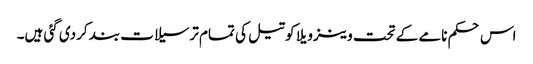
اس حکم نامے کے تحت وینزویلا کو تیل کی تمام ترسیلات بند کردی گئی ہیں۔